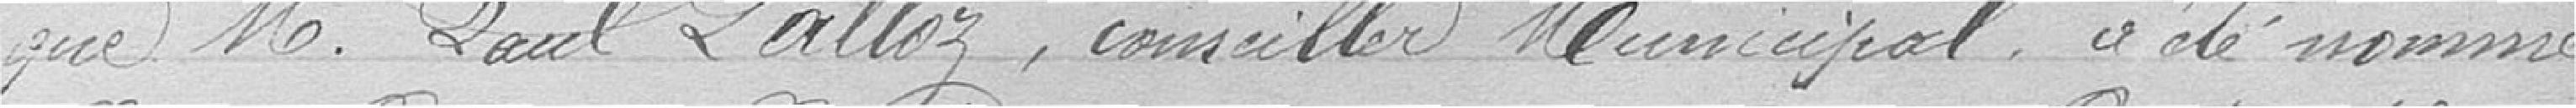
que Monsieur Paul LALLOZ, Conseiller Municipala été nommé